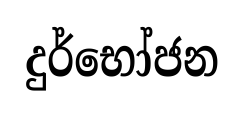
දුර්භෝජන